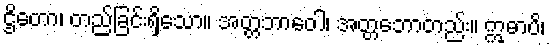
ဌိတော၊ တည်ခြင်းရှိသော။ အတ္တဘာဝေါ၊ အတ္တဘောတည်း။ ဣဓာပိ၊